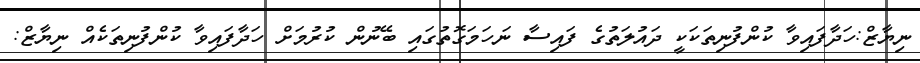
ނިޔާޒް:ހަދާފައިވާ ކުންފުނިތަކަކީ ދައުލަތުގެ ފައިސާ ނަހަމަގޮތުގައި ބޭނުން ކުރުމަށް ހަދާފައިވާ ކުންފުނިތަކެއް ނިޔާޒް: